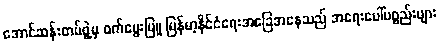
အောင်ဆန်းတပ်ဖွဲ့မှ ဝက်မွေးမြူ မြန်မာ့နိုင်ငံရေးအခြေအနေသည် အရေးပေါ်ပစ္စည်းများ